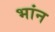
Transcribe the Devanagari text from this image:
भांन